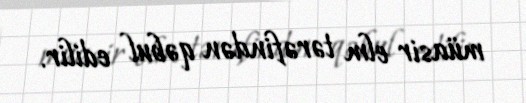
müasir elm tərəfindən qəbul edilir.